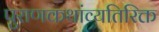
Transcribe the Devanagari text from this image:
पुराणकथांव्यतिरिक्त